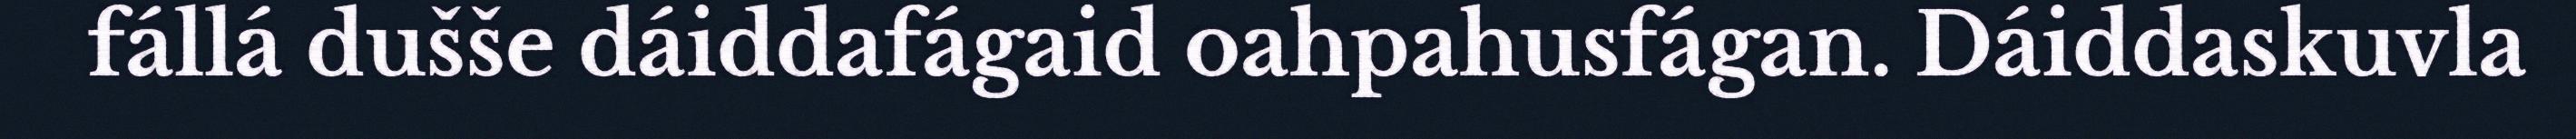
fállá dušše dáiddafágaid oahpahusfágan. Dáiddaskuvla